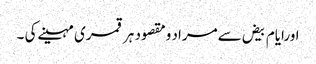
اورایام بیض سےمراد ومقصود ہرقمری مہینےکی ۔